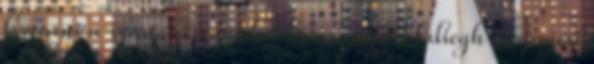
kavarni a szart, viszont ha Sam vagy Haliegh megnyeri